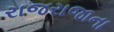
રાજરાજાના